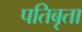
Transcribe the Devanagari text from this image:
पतिबृता